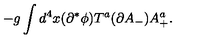
- g \int d ^ { 4 } x ( \partial ^ { * } \phi ) T ^ { a } ( \partial A _ { - } ) A _ { + } ^ { a } .